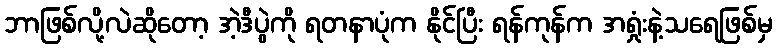
ဘာဖြစ်လို့လဲဆိုတော့ အဲ့ဒီပွဲကို ရတနာပုံက နိုင်ပြီး ရန်ကုန်က အရှုံးနဲ့သရေဖြစ်မှ